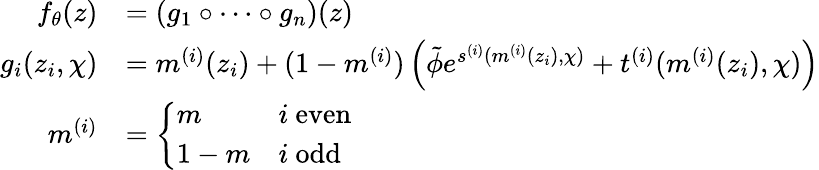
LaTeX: \begin{array}{rl}{f_{\theta}(z)}&{=\left(g_{1}\circ\dots\circ g_{n}\right)(z)}\\ {g_{i}(z_{i},\chi)}&{=m^{(i)}(z_{i})+(1-m^{(i)})\left(\tilde{\phi}e^{s^{(i)}(m^{(i)}(z_{i}),\chi)}+t^{(i)}(m^{(i)}(z_{i}),\chi)\right)}\\ {m^{(i)}}&{=\left\{ \begin{array}{ll}{m}&{i\mathrm{~even}}\\ {1-m}&{i\mathrm{~odd}}\end{array}\right.}\end{array}